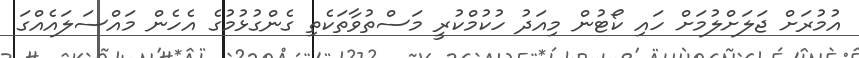
އުމުރަށް ޖަލަށްލުމަށް ހައި ކޯޓުން މިއަދު ހުކުމްކުރީ މަސްތުވާތަކެތި ގެންގުޅުމުގެ އެހެން މައްސަލައެއްގަ